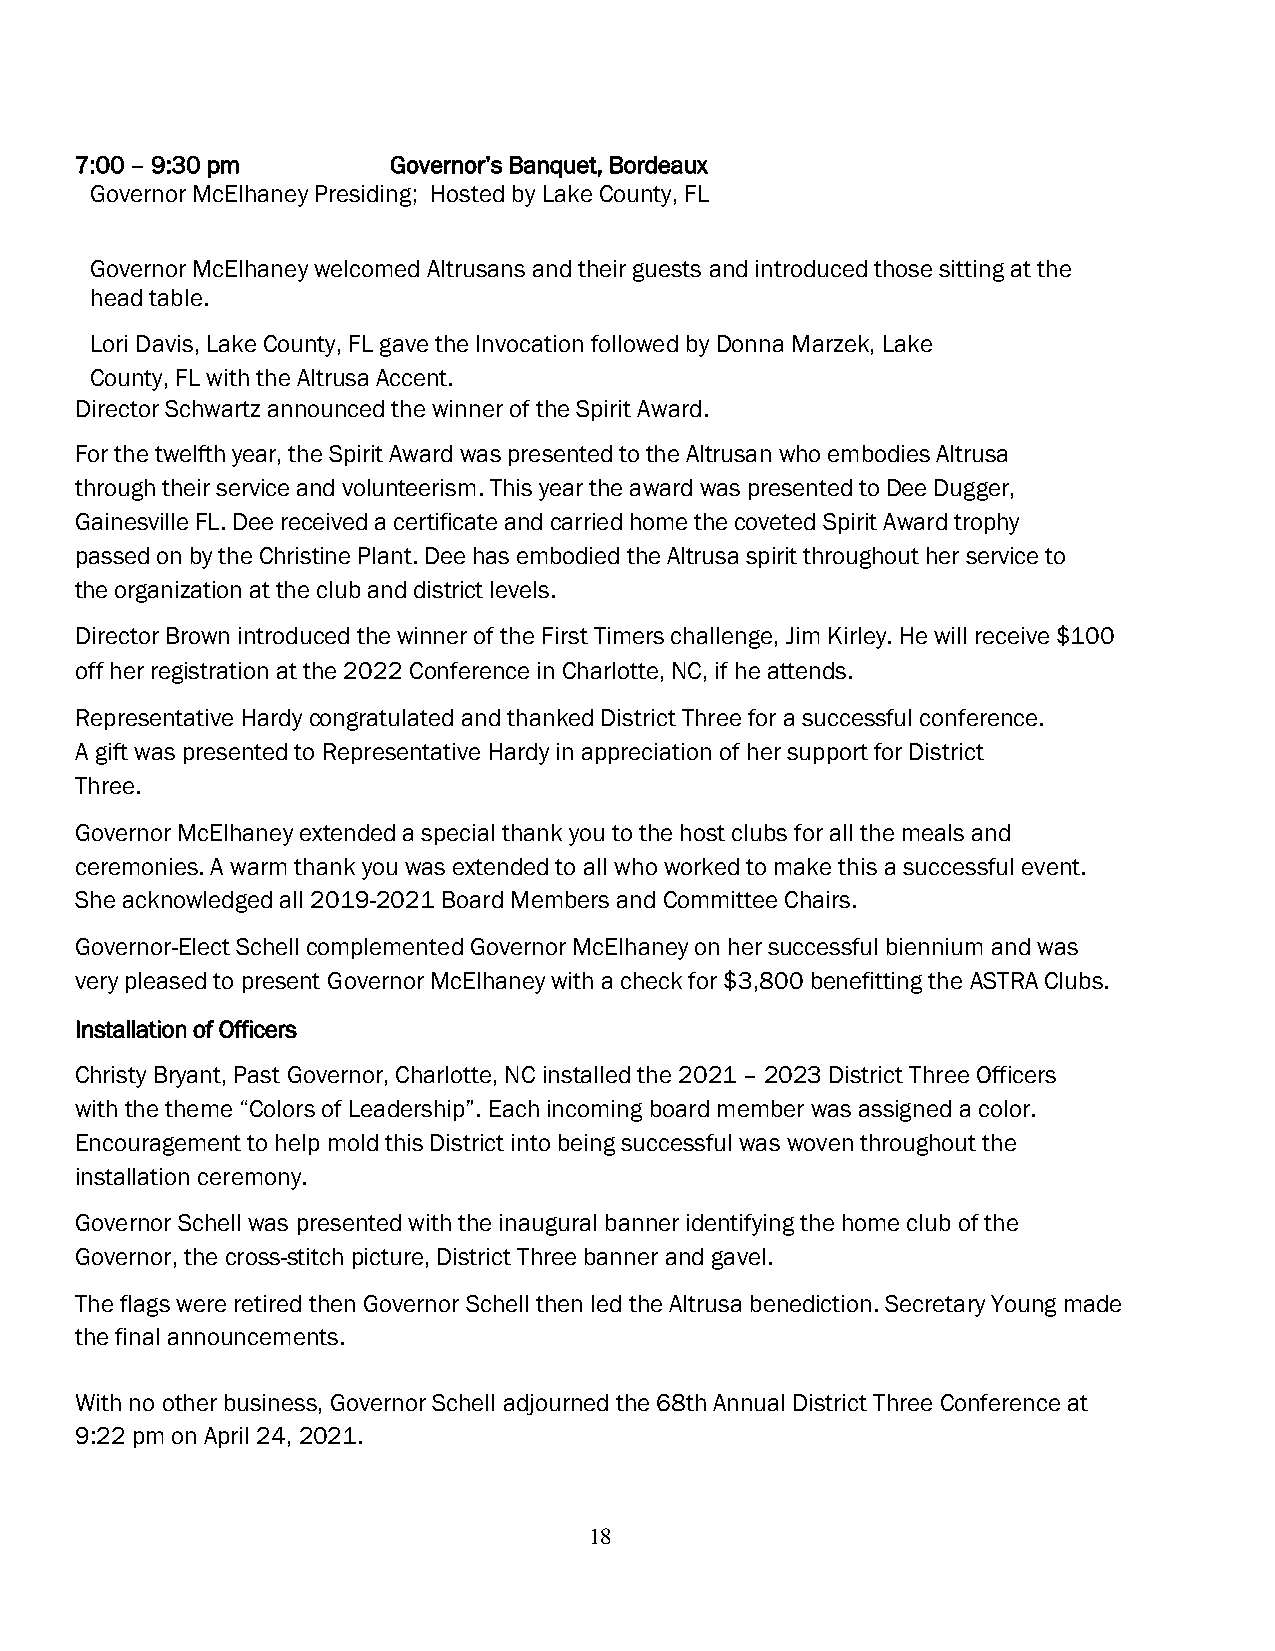
7:00 – 9:30 pm       Governor’s Banquet, Bordeaux
 Governor McElhaney Presiding; Hosted by Lake County, FL
 Governor McElhaney welcomed Altrusans and their guests and introduced those sitting at the
 head table.
 Lori Davis, Lake County, FL gave the Invocation followed by Donna Marzek, Lake
 County, FL with the Altrusa Accent.
 Director Schwartz announced the winner of the Spirit Award.
 For the twelfth year, the Spirit Award was presented to the Altrusan who embodies Altrusa
 through their service and volunteerism. This year the award was presented to Dee Dugger,
 Gainesville FL. Dee received a certificate and carried home the coveted Spirit Award trophy
 passed on by the Christine Plant. Dee has embodied the Altrusa spirit throughout her service to
 the organization at the club and district levels.
 Director Brown introduced the winner of the First Timers challenge, Jim Kirley. He will receive $100
 off her registration at the 2022 Conference in Charlotte, NC, if he attends.
 Representative Hardy congratulated and thanked District Three for a successful conference.
 A gift was presented to Representative Hardy in appreciation of her support for District
 Three.
 Governor McElhaney extended a special thank you to the host clubs for all the meals and
 ceremonies. A warm thank you was extended to all who worked to make this a successful event.
 She acknowledged all 2019-2021 Board Members and Committee Chairs.
 Governor-Elect Schell complemented Governor McElhaney on her successful biennium and was
 very pleased to present Governor McElhaney with a check for $3,800 benefitting the ASTRA Clubs.
 Installation of Officers
 Christy Bryant, Past Governor, Charlotte, NC installed the 2021 – 2023 District Three Officers
 with the theme “Colors of Leadership”. Each incoming board member was assigned a color.
 Encouragement to help mold this District into being successful was woven throughout the
 installation ceremony.
 Governor Schell was presented with the inaugural banner identifying the home club of the
 Governor, the cross-stitch picture, District Three banner and gavel.
 The flags were retired then Governor Schell then led the Altrusa benediction. Secretary Young made
 the final announcements.
 With no other business, Governor Schell adjourned the 68th Annual District Three Conference at
 9:22 pm on April 24, 2021.
 18